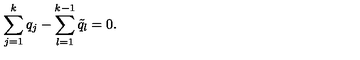
\sum _ { j = 1 } ^ { k } q _ { j } - \sum _ { l = 1 } ^ { k - 1 } \tilde { q } _ { l } = 0 .